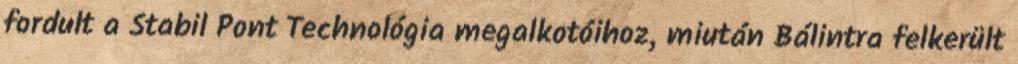
fordult a Stabil Pont Technológia megalkotóihoz, miután Bálintra felkerült